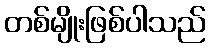
တစ်မျိုးဖြစ်ပါသည်